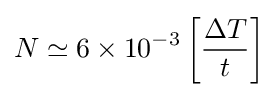
N\simeq 6\times 10^{-3}\left[{\frac {\Delta T}{t}}\right]